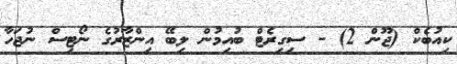
ކިއުބެކް (ޖޫން 2) - ސިގިރެޓް ބުއިމުން ލިބޭ އިންޒާރުގެ ނޯޓިސް ނުޖަހާ